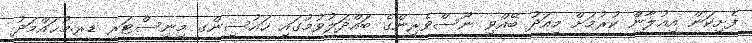
ފެށިކަން އިއުލާން ކުރުމަށް މިއަދު ބޭއްވި ނޫސްވެރިންގެ ބައްދަލުވުމުގައި ހައުސިންގ މިނިސްޓަރ ޑރ.މުޙައްމަދު